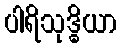
ပါရိသုဒ္ဓိယာ